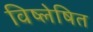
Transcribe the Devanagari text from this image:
विष्लेषित